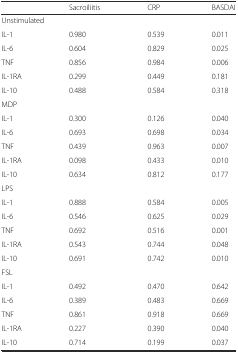
<table><thead><tr><td></td><td><b>Sacroiliitis</b></td><td><b>CRP</b></td><td><b>BASDAI</b></td></tr></thead><tbody><tr><td colspan="4">Unstimulated</td></tr><tr><td>IL-1</td><td>0.980</td><td>0.539</td><td>0.011</td></tr><tr><td>IL-6</td><td>0.604</td><td>0.829</td><td>0.025</td></tr><tr><td>TNF</td><td>0.856</td><td>0.984</td><td>0.006</td></tr><tr><td>IL-1RA</td><td>0.299</td><td>0.449</td><td>0.181</td></tr><tr><td>IL-10</td><td>0.488</td><td>0.584</td><td>0.318</td></tr><tr><td colspan="4">MDP</td></tr><tr><td>IL-1</td><td>0.300</td><td>0.126</td><td>0.040</td></tr><tr><td>IL-6</td><td>0.693</td><td>0.698</td><td>0.034</td></tr><tr><td>TNF</td><td>0.439</td><td>0.963</td><td>0.007</td></tr><tr><td>IL-1RA</td><td>0.098</td><td>0.433</td><td>0.010</td></tr><tr><td>IL-10</td><td>0.634</td><td>0.812</td><td>0.177</td></tr><tr><td colspan="4">LPS</td></tr><tr><td>IL-1</td><td>0.888</td><td>0.584</td><td>0.005</td></tr><tr><td>IL-6</td><td>0.546</td><td>0.625</td><td>0.029</td></tr><tr><td>TNF</td><td>0.692</td><td>0.516</td><td>0.001</td></tr><tr><td>IL-1RA</td><td>0.543</td><td>0.744</td><td>0.048</td></tr><tr><td>IL-10</td><td>0.691</td><td>0.742</td><td>0.010</td></tr><tr><td colspan="4">FSL</td></tr><tr><td>IL-1</td><td>0.492</td><td>0.470</td><td>0.642</td></tr><tr><td>IL-6</td><td>0.389</td><td>0.483</td><td>0.669</td></tr><tr><td>TNF</td><td>0.861</td><td>0.918</td><td>0.669</td></tr><tr><td>IL-1RA</td><td>0.227</td><td>0.390</td><td>0.040</td></tr><tr><td>IL-10</td><td>0.714</td><td>0.199</td><td>0.037</td></tr></tbody></table>